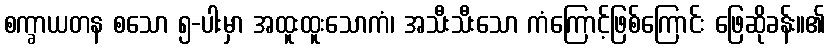
စက္ခာယတန စသော ၅-ပါးမှာ အထူးထူးသောကံ၊ အသီးသီးသော ကံကြောင့်ဖြစ်ကြောင်း ဖြေဆိုခန်း။၏